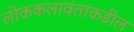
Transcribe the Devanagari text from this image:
लोककलावंतांकडील